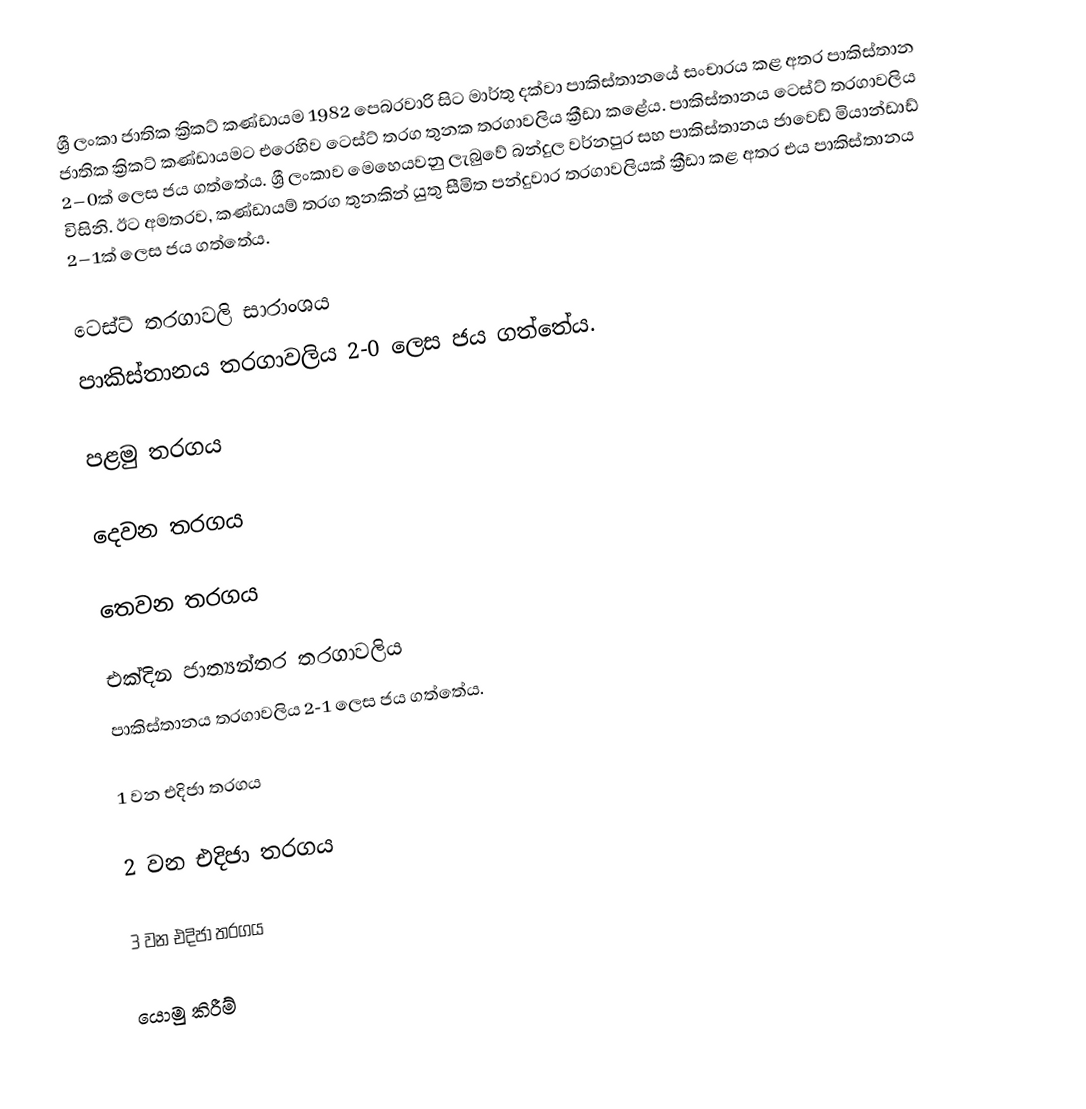
ශ්‍රී ලංකා ජාතික ක්‍රිකට් කණ්ඩායම 1982 පෙබරවාරි සිට මාර්තු දක්වා පාකිස්තානයේ සංචාරය කළ අතර පාකිස්තාන ජාතික ක්‍රිකට් කණ්ඩායමට එරෙහිව ටෙස්ට් තරග තුනක තරගාවලිය ක්‍රීඩා කළේය. පාකිස්තානය ටෙස්ට් තරගාවලිය 2–0ක් ලෙස ජය ගත්තේය. ශ්‍රී ලංකාව මෙහෙයවනු ලැබුවේ බන්දුල වර්නපුර සහ පාකිස්තානය ජාවෙඩ් මියාන්ඩාඩ් විසිනි. ඊට අමතරව, කණ්ඩායම් තරග තුනකින් යුතු සීමිත පන්දුවාර තරගාවලියක් ක්‍රීඩා කළ අතර එය පාකිස්තානය 2–1ක් ලෙස ජය ගත්තේය.

ටෙස්ට් තරගාවලි සාරාංශය
පාකිස්තානය තරගාවලිය 2-0 ලෙස ජය ගත්තේය.

පළමු තරගය

දෙවන තරගය

තෙවන තරගය

එක්දින ජාත්‍යන්තර තරගාවලිය
පාකිස්තානය තරගාවලිය 2-1 ලෙස ජය ගත්තේය.

1 වන එදිජා තරගය

2 වන එදිජා තරගය

3 වන එදිජා තරගය

යොමු කිරීම්